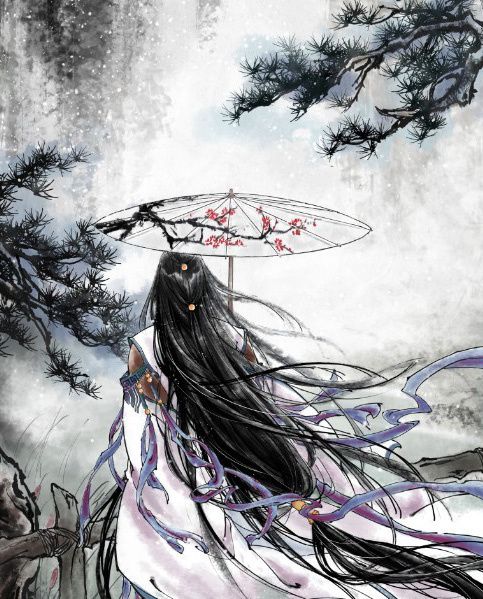
为君憔悴尽，百花时。